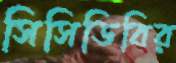
সিসিডিবির